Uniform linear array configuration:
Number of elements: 32
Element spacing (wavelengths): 0.25
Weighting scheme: hamming
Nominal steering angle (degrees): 0
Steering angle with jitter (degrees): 0.6439
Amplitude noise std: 0.05
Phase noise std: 0.05

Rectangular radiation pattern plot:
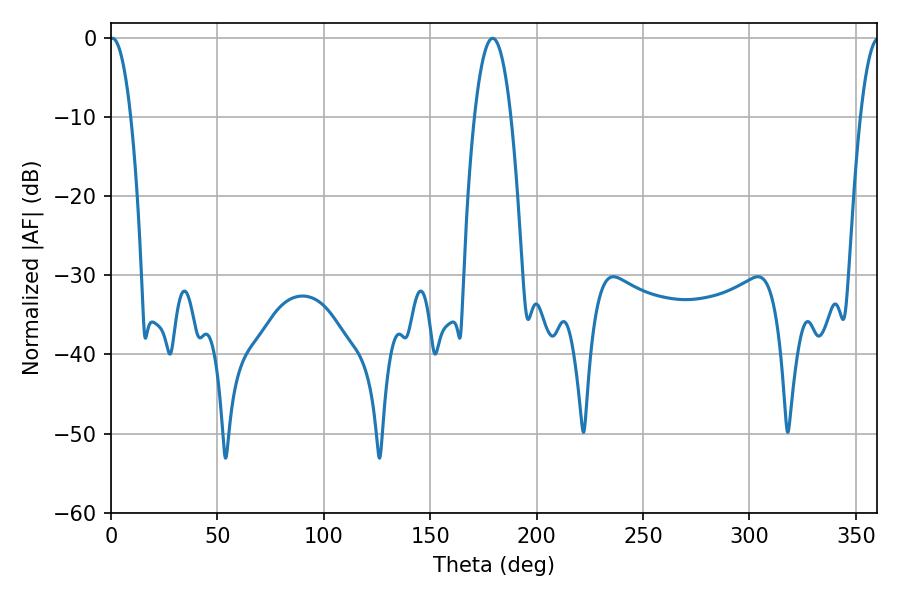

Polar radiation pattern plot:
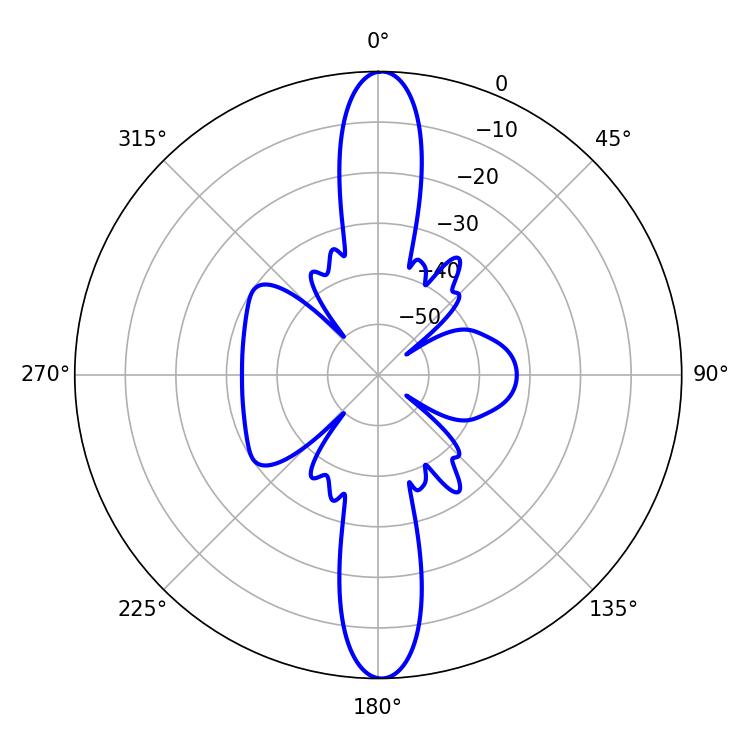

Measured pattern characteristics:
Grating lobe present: FALSE
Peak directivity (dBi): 27.396
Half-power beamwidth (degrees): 5.4
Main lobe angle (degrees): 0.72